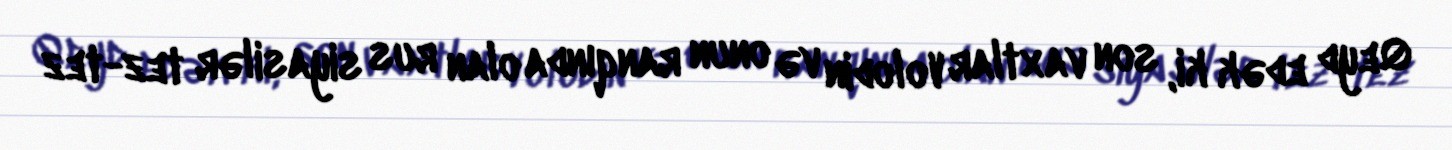
Qeyd edək ki, son vaxtlar Volodin və onun ranqında olan rus siyasilər tez-tez